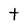
Character: T